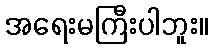
အရေးမကြီးပါဘူး။